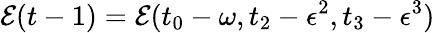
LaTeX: \mathcal{E}(t-1)=\mathcal{E}(t_{0}-\omega,t_{2}-\epsilon^{2},t_{3}-\epsilon^{3})